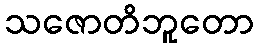
သဇောတိဘူတော